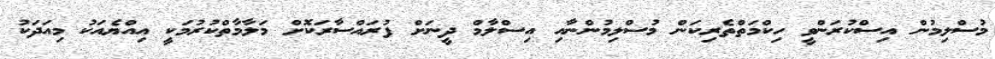
މުސްލިމުން އިސްކުރަންވީ ހިކްމަތްތެރިކަން މުސްލިމުންނާއި އިސްލާމް ދީނަށް ފުރައްސާރަކޮށް މަލާމާތްކުރުމަކީ އިއްޔެއަކު މިއަދަކު